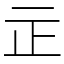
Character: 㱏